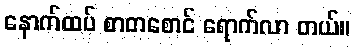
နောက်ထပ် စာတစောင် ရောက်လာ တယ်။